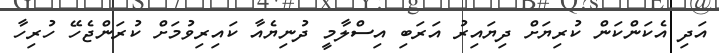
އަދި އެކަންކަން ކުރިޔަށް ދިޔައިރު އަރަބި އިސްލާމީ ދުނިޔެއާ ކައިރިވުމަށް ކުރަންޖެހޭ ހުރިހާ